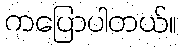
ကပြောပါတယ်။